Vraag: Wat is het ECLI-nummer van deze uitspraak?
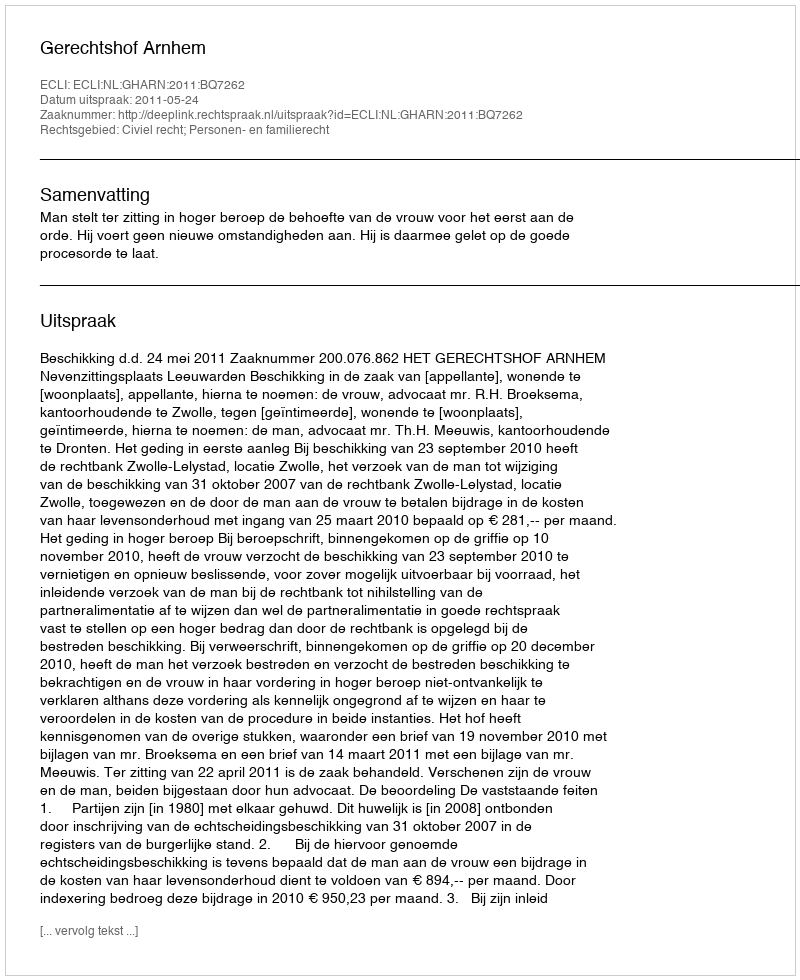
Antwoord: ECLI:NL:GHARN:2011:BQ7262